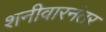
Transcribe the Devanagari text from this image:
शनीवारनंतर